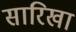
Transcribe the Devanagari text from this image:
सारिखा